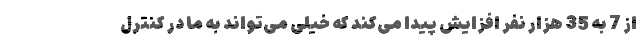
از 7 به 35 هزار نفر افزایش پیدا می‌کند که خیلی می‌تواند به ما در کنترل